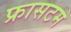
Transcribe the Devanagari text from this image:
फ्रासटम